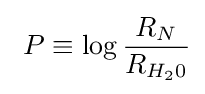
\ P\equiv \log {\frac {R_{N}}{R_{H_{2}0}}}